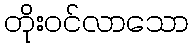
တိုးဝင်လာသော